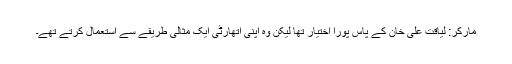
مارکر: لیاقت علی خان کے پاس پورا اختیار تھا لیکن وہ اپنی اتھارٹی ایک مثالی طریقے سے استعمال کرتے تھے۔